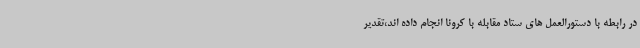
در رابطه با دستورالعمل های ستاد مقابله با کرونا انجام داده اند،تقدیر